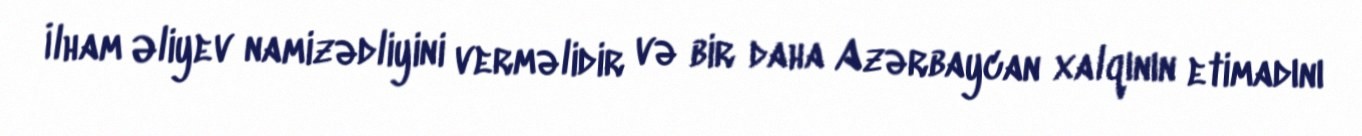
İlham Əliyev namizədliyini verməlidir və bir daha Azərbaycan xalqının etimadını